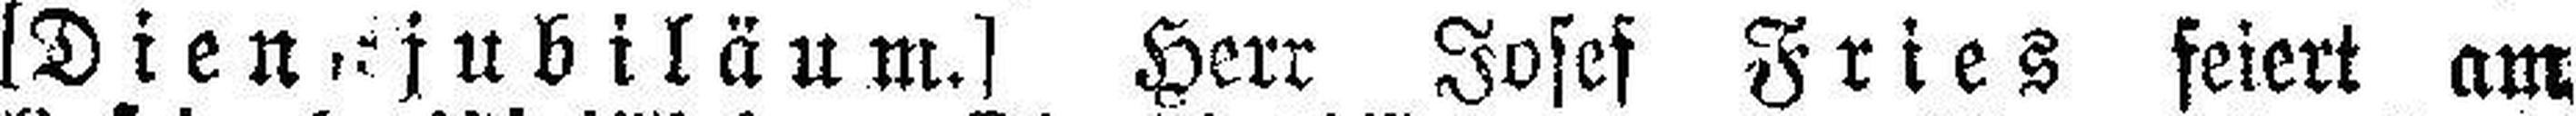
[Dien,- jubiläum.] Herr Josef Fries feiert am